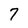
Character: 7